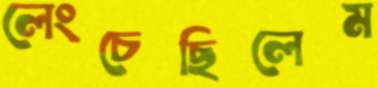
লেংচেছিলেম